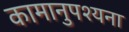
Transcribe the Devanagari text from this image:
कामानुपश्यना